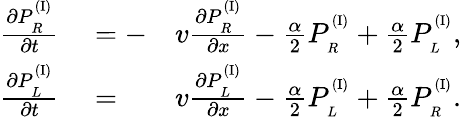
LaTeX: \begin{array}{rlr}{\frac{\partial P_{_R}^{^{(\mathrm{I})}}}{\partial t}}&{{}=-}&{v\frac{\partial P_{_R}^{^{(\mathrm{I})}}}{\partial x}-\frac{\alpha}{2}P_{_R}^{^{(\mathrm{I})}}+\frac{\alpha}{2}P_{_L}^{^{(\mathrm{I})}},}\\ {\frac{\partial P_{_L}^{^{(\mathrm{I})}}}{\partial t}}&{{}=}&{v\frac{\partial P_{_L}^{^{(\mathrm{I})}}}{\partial x}-\frac{\alpha}{2}P_{_L}^{^{(\mathrm{I})}}+\frac{\alpha}{2}P_{_R}^{^{(\mathrm{I})}}.}\end{array}